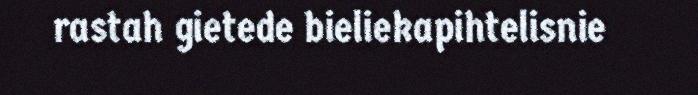
rastah gietede bieliekapihtelisnie